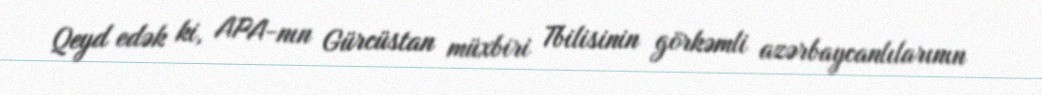
Qeyd edək ki, APA-nın Gürcüstan müxbiri Tbilisinin görkəmli azərbaycanlılarının